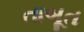
તાબૂત